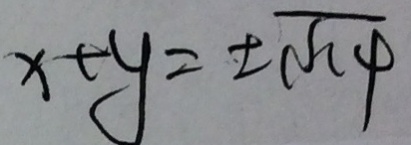
x + y = \pm \sqrt { 1 4 }